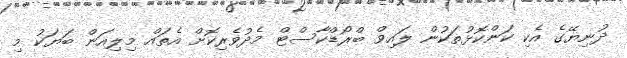
ދުނިޔޭގެ އެކި ކަންކޮޅުތަކުން ލައިވް ބްރޯޑްކާސްޓް މެދުވެރިކޮށް އެތައް މިލިއަން ބަޔަކު މި